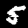
Digit: 5